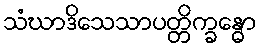
သံဃာဒိသေသာပတ္တိက္ခန္ဓော